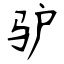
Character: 驴